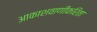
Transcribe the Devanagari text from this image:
आकाशवाणीकरिता